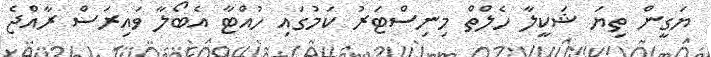
ޔަގީން ތިޔަ ޝަކީލާ ހެލްތް މިނިސްޓަރު ކަމުގައި ހުއްޓާ އެބޯލާ ވައިރަސް ރާއްޖެ